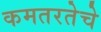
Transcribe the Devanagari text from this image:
कमतरतेचे